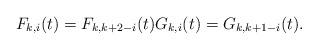
LaTeX: \begin{align*}F_{k,i}(t) = F_{k,k+2-i}(t) G_{k,i}(t) = G_{k,k+1-i}(t).\end{align*}